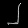
Digit: ၂